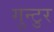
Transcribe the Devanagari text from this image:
गुन्टुर